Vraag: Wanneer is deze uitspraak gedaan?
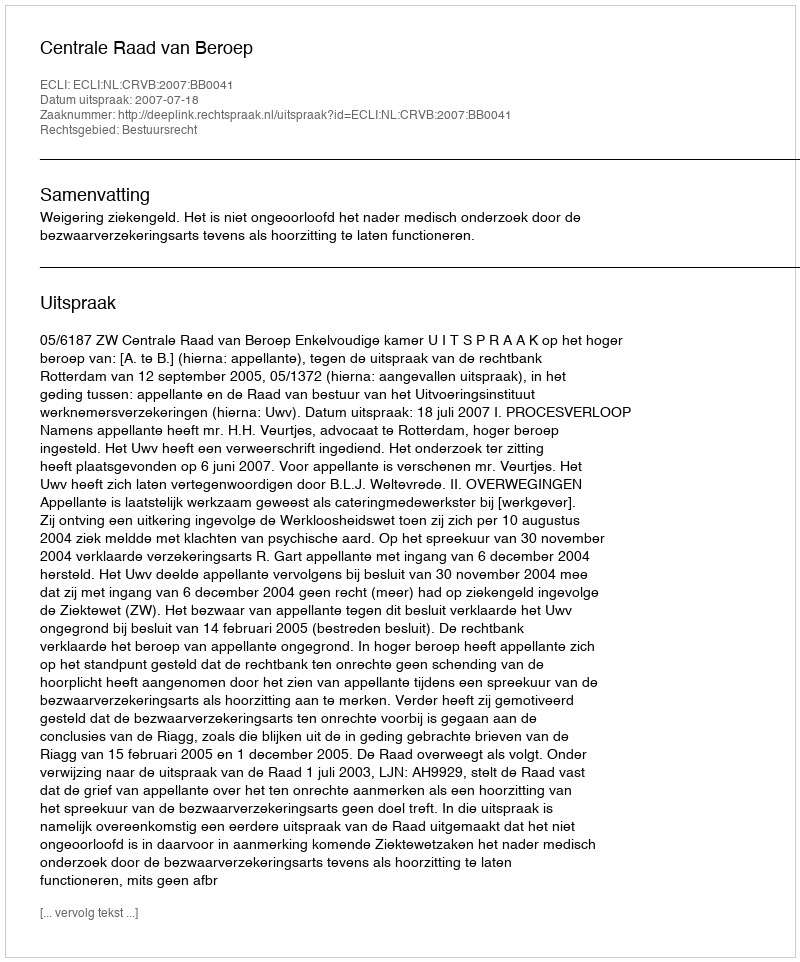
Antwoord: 2007-07-18